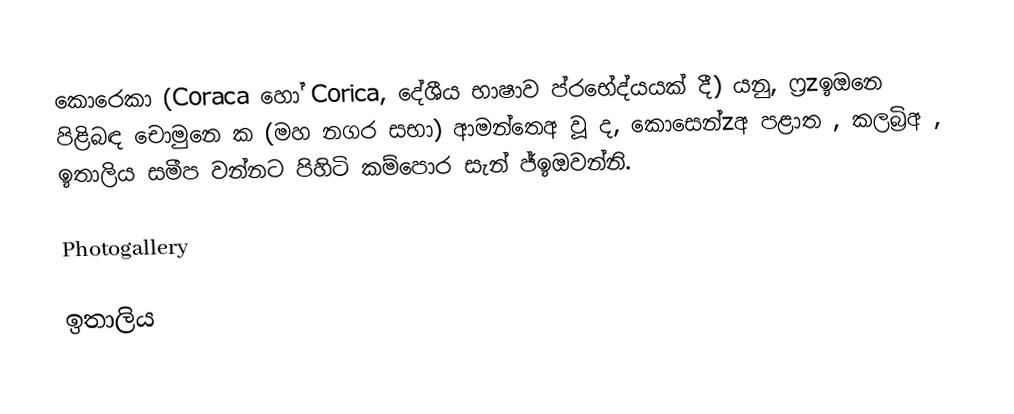
කොරෙකා (Coraca හෝ Corica, දේශීය භාෂාව ප්රභේද්යයක් දී) යනු, ෆ්‍ර​zඉඔනෙ පිළිබඳ චොමුනෙ ක (මහ නගර සභා) ආමන්තෙඅ වූ ද, කොසෙන්zඅ පළාත , කලබ්‍රිඅ , ඉතාලිය සමීප වන්නට පිහිටි කම්පොර සැන් ජ්ඉඔවන්නි.

Photogallery

ඉතාලිය